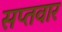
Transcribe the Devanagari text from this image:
सप्तवार